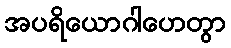
အပရိယောဂါဟေတွာ